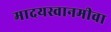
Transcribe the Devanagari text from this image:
मादयस्वानमीवा